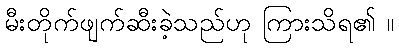
မီးတိုက်ဖျက်ဆီးခဲ့သည်ဟု ကြားသိရ၏ ။